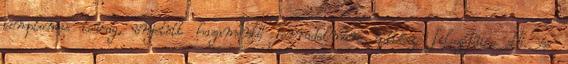
templomos lovag, önjelölt hazamentő forradalmár, építész, filozó­fus, stb. és